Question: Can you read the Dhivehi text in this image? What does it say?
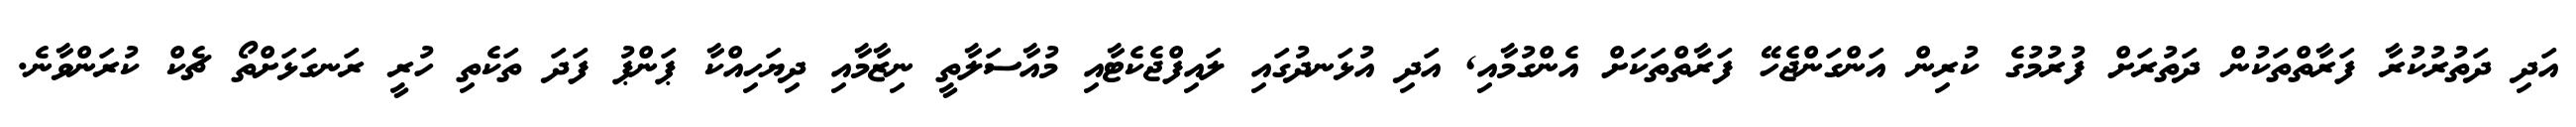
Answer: އަދި ދަތުރުކުރާ ފަރާތްތަކުން ދަތުރަށް ފުރުމުގެ ކުރިން އަންގަންޖެހޭ ފަރާތްތަކަށް އެންގުމާއި, އަދި އުޅަނދުގައި ލައިފްޖެކެޓާއި މުއާސަލާތީ ނިޒާމާއި ދިޔަހިއްކާ ޕަންޕު ފަދަ ތަކެތި ހުރީ ރަނގަޅަށްތޯ ޗެކް ކުރަންވާނެ.